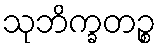
သုဘိက္ခတဉ္စ